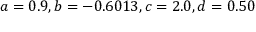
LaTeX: a = 0 . 9 , b = - 0 . 6 0 1 3 , c = 2 . 0 , d = 0 . 5 0